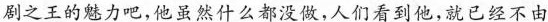
剧之王的魅力吧，他虽然什么都没做，人们看到他，就已经不由